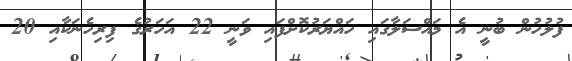
ފުލުހުން ބުނީ އެ މައްސަލާގައި ހައްޔަރުކޮށްފައި ވަނީ 22 އަހަރުގެ ފިރިހެނަކާއި 20